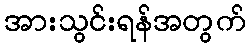
အားသွင်းရန်အတွက်